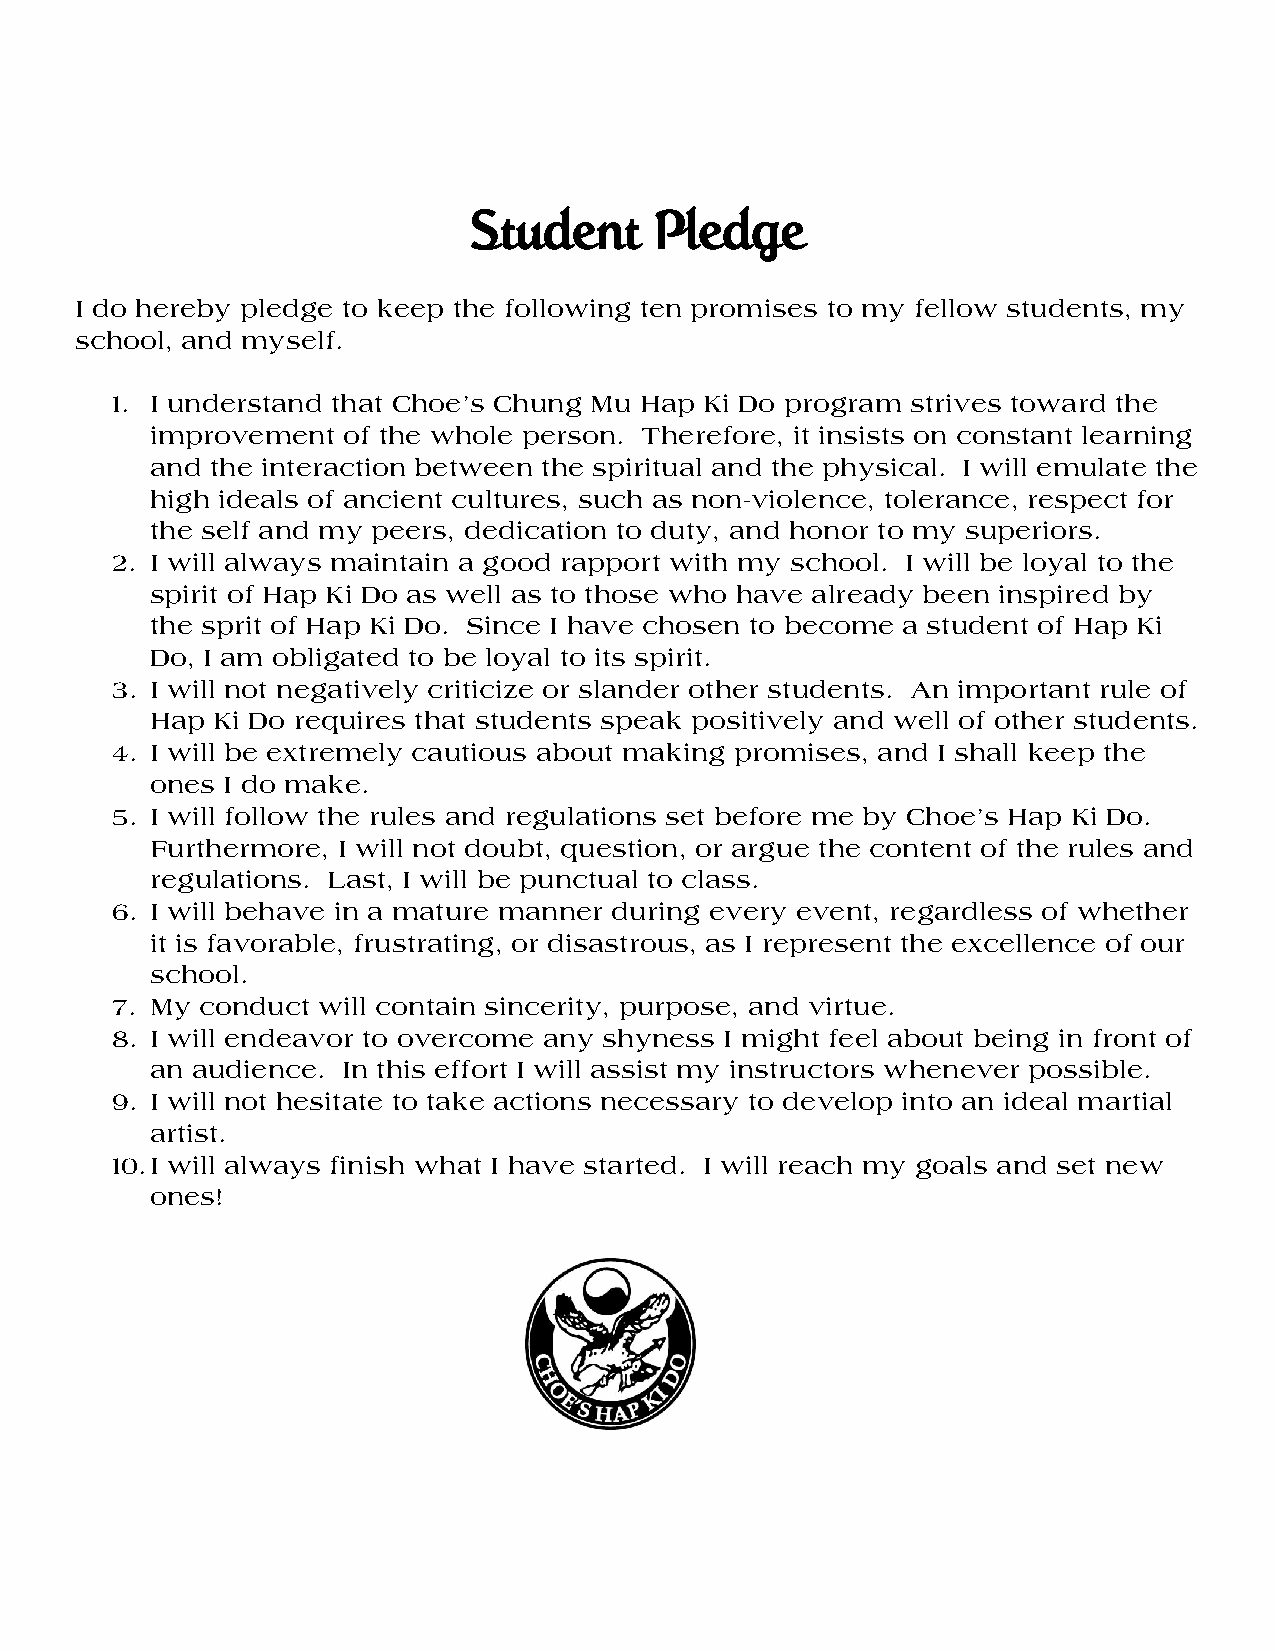
SSSSttttuuuuddddeeeennnntttt PPPPlllleeeeddddggggeeee
 I do hereby pledge to keep the following ten promises to my fellow students, my
 school, and myself.
 1. I understand that Choe’s Chung Mu Hap Ki Do program strives toward the
 improvement  of the whole person. Therefore, it insists on constant learning
 and the interaction between the spiritual and the physical. I will emulate the
 high ideals of ancient cultures, such as non-violence, tolerance, respect for
 the self and my peers, dedication to duty, and honor to my superiors.
 2. I will always maintain a good rapport with my school. I will be loyal to the
 spirit of Hap Ki Do as well as to those who have already been inspired by
 the sprit of Hap Ki Do. Since I have chosen to become a student of Hap Ki
 Do, I am obligated to be loyal to its spirit.
 3. I will not negatively criticize or slander other students. An important rule of
 Hap Ki Do requires that students speak positively and well of other students.
 4. I will be extremely cautious about making promises, and I shall keep the
 ones I do make.
 5. I will follow the rules and regulations set before me by Choe’s Hap Ki Do.
 Furthermore, I will not doubt, question, or argue the content of the rules and
 regulations. Last, I will be punctual to class.
 6. I will behave in a mature manner during every event, regardless of whether
 it is favorable, frustrating, or disastrous, as I represent the excellence of our
 school.
 7. My conduct will contain sincerity, purpose, and virtue.
 8. I will endeavor to overcome any shyness I might feel about being in front of
 an audience. In this effort I will assist my instructors whenever possible.
 9. I will not hesitate to take actions necessary to develop into an ideal martial
 artist.
 10. I will always finish what I have started. I will reach my goals and set new
 ones!